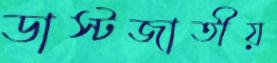
ডাস্টজাতীয়